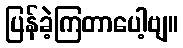
ပြန်ခဲ့ကြတာပေါ့ဗျ။